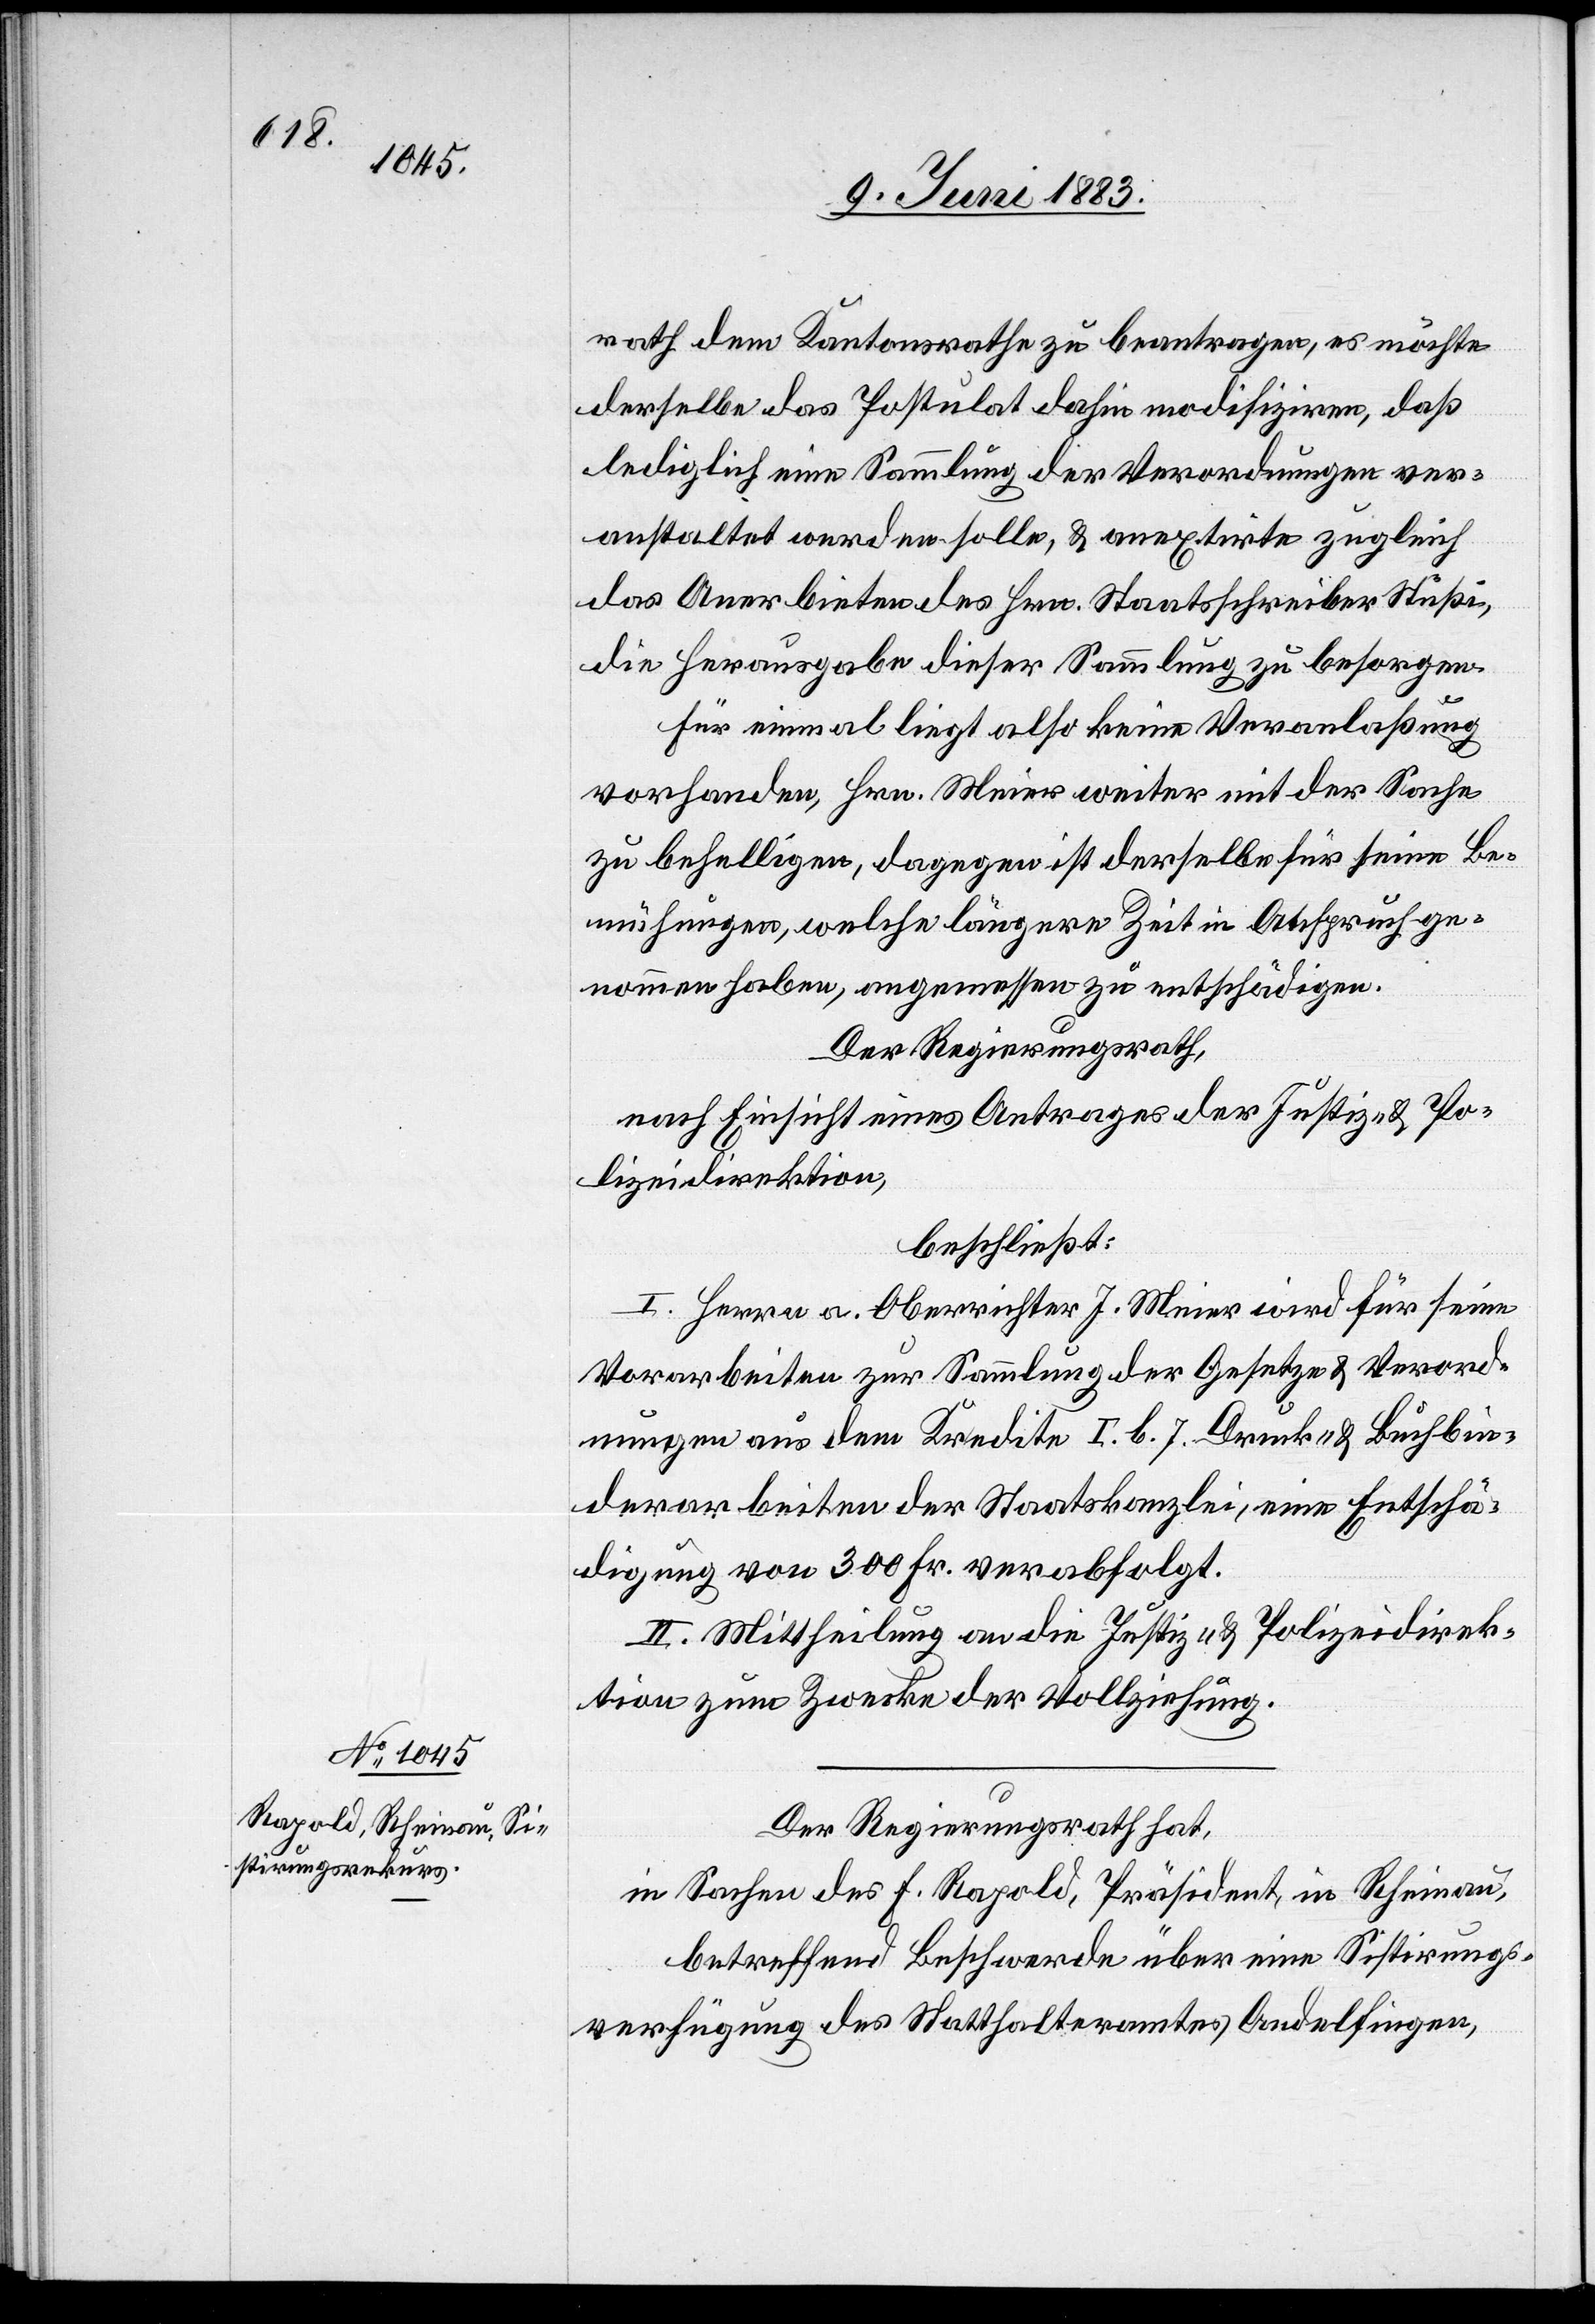
rath dem Kantonsrathe zu beantragen, es möchte
derselbe das Postulat dahin modifiziren, daß
lediglich eine Sammlung der Verordnungen ver¬
anstaltet werden solle, & anextirte zugleich
das Anerbieten des Hrn. Staatsschreiber Stüßi,
die Herausgabe dieser Sammlung zu besorgen.
Für einmal liegt also keine Veranlaßung
vorhanden, Hrn. Meier weiter mit der Sache
zu behelligen, dagegen ist derselbe für seine Be¬
mühungen, welche längerer Zeit in Anspruch ge¬
nommen haben, angemessen zu entschädigen.
Der Regierungsrath,
nach Einsicht eines Antrages der Justiz- & Po¬
lizeidirektion,
beschließt:
I. Herrn a. Oberrichter J. Meier wird für seine
Vorarbeiten zur Sammlung der Gesetze & Verord¬
nungen aus dem Kredite I. b. 7. Druck- & Buchbin¬
derarbeiten der Staatskanzlei, eine Entschä¬
digung von 300 Fr. verabfolgt.
II. Mittheilung an die Justiz- & Polizeidirek¬
tion zum Zwecke der Vollziehung.
Der Regierungsrath hat,
in Sachen des F. Rapold, Präsident, in Rheinau,
betreffend Beschwerde über eine Sistirungs¬
verfügung des Statthalteramtes Andelfingen,